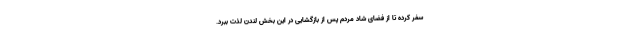
سفر کرده تا از فضای شاد مردم پس از بازگشایی در این بخش لندن لذت ببرد.